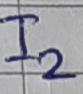
Text: I2